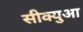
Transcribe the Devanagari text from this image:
सीक्युआ